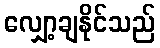
လျှော့ချနိုင်သည်